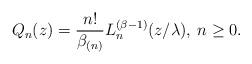
LaTeX: \begin{align*}Q_n(z) = \frac{n!}{\beta_{(n)}}L_n^{(\beta-1)}(z/\lambda),\>n\geq 0.\end{align*}